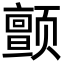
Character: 颤